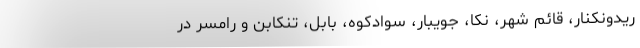
ریدونکنار، قائم شهر، نکا، جویبار، سوادکوه، بابل، تنکابن و رامسر در